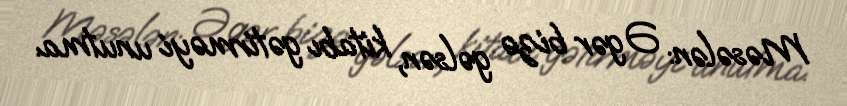
Məsələn: Əgər bizə gəlsən, kitabı gətirməyi unutma.